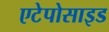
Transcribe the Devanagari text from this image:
एटेपोसाइड